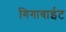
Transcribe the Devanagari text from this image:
गिगाबाईट